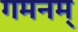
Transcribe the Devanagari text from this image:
गमनम्